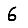
Digit: 6